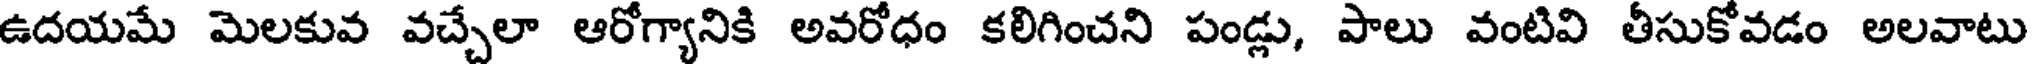
ఉదయమే మెలకువ వచ్చేలా ఆరోగ్యానికి అవరోధం కలిగించని పండ్లు, పాలు వంటివి తీసుకోవడం అలవాటు